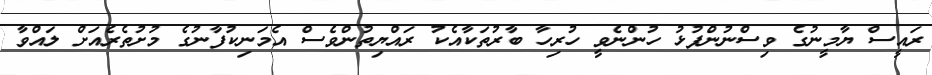
ރައީސް ޔާމީނުގެ ވިސްނުންފުޅު ހުންނެވީ ހުރިހާ ބާރުތަކާއެކު ރައްޔިތުންވެސް އެމަނިކުފާނުގެ މުށުތެރެއަށް ލައްވާ